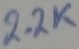
Text: 2.2K